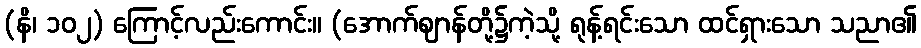
(နိ၊ ၁၀၂) ကြောင့်လည်းကောင်း။ (အောက်ဈာန်တို့၌ကဲ့သို့ ရုန့်ရင်းသော ထင်ရှားသော သညာ၏